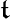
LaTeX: \mathfrak{t}